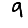
Digit: 9